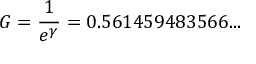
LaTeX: G = { \frac { 1 } { e ^ { \gamma } } } = 0 . 5 6 1 4 5 9 4 8 3 5 6 6 . . .